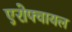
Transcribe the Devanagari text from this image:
एरोफ्वायल